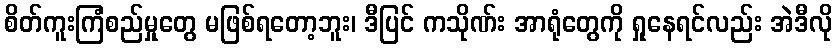
စိတ်ကူးကြံစည်မှုတွေ မဖြစ်ရတော့ဘူး၊ ဒီပြင် ကသိုဏ်း အာရုံတွေကို ရှုနေရင်လည်း အဲဒီလို